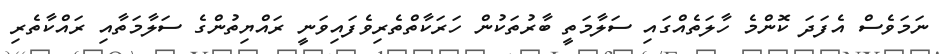
ނަމަވެސް އެފަދަ ކޮންމެ ހާލަތެއްގައި ސަލާމަތީ ބާރުތަކުން ހަރަކާތްތެރިވެފައިވަނީ ރައްޔިތުންގެ ސަލާމަތާއި ރައްކާތެރި